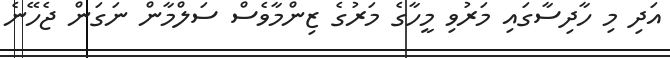
އަދި މި ހާދިސާގައި މަރުވި މީހާގެ މަރުގެ ޒިންމާވެސް ސަލްމާން ނަގަން ޖެހޭނެ